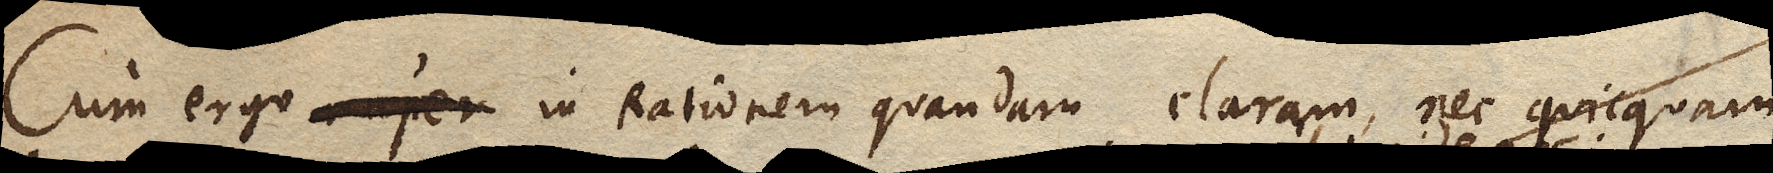
Cum ergo nuper in Rationem quandam claram, nec quicquam